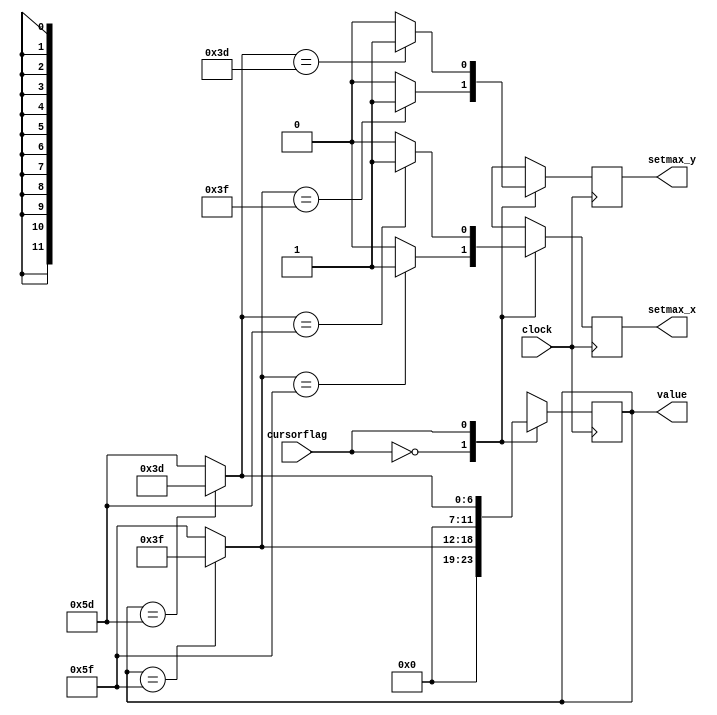
`timescale 1ns / 1ps
//////////////////////////////////////////////////////////////////////////////////
// Company: 
// Engineer: 
// 
// Design Name: 
// Module Name: Mouse_config
// Project Name: 
// Target Devices: 
// Tool Versions: 
// Description: 
// 
// Dependencies: 
// 
// Revision:
// Revision 0.01 - File Created
// Additional Comments:
// 
//////////////////////////////////////////////////////////////////////////////////


module Mouse_config(
    input clock,
    input cursorflag,
    output setmax_x,
    output setmax_y,
    output [11:0] value
    );
    
    reg temp_setmax_x, temp_setmax_y;
    reg [11:0] temp_value; 
    
    assign setmax_x = temp_setmax_x;
    assign setmax_y = temp_setmax_y;
    assign value = temp_value;
    
    initial
    begin
        temp_setmax_x = 1;
        temp_setmax_y = 0;
        temp_value = 95;
    end
    
    always @ (posedge clock)
    begin
       
        case(cursorflag)
        0:
        begin
            temp_value = (temp_value == 95)? 63 : 95;
            temp_setmax_x = (temp_value == 95)? 1 : 0;
            temp_setmax_y = (temp_value == 63)? 1 : 0;
        end
        1:
        begin
            temp_value = (temp_value == 93)? 61 : 93;
            temp_setmax_x = (temp_value == 93)? 1 : 0;
            temp_setmax_y = (temp_value == 61)? 1 : 0;
        end
        endcase
        
    end
    
endmodule